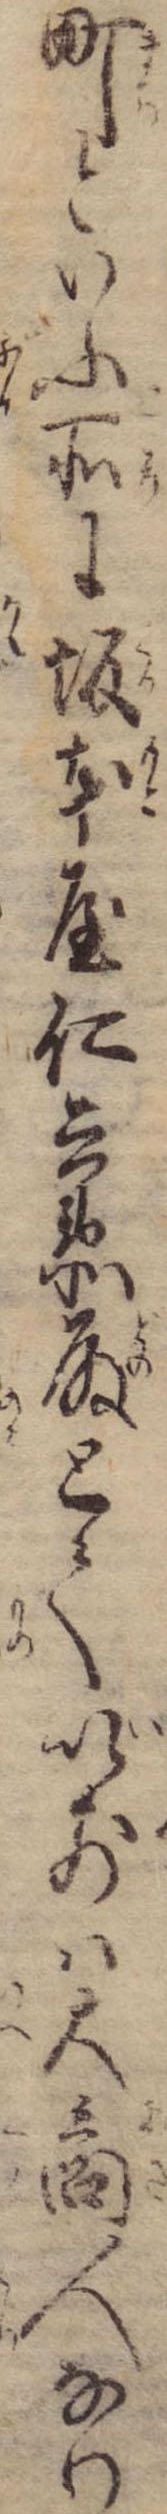
町といふ所に坂本屋仁兵衛殿とて以前は大商人なり